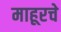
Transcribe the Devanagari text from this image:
माहूरचे